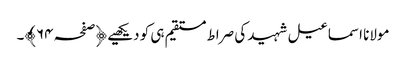
مولانا اسماعیل شہید کی صراط مستقیم ہی کو دیکھیے ﴿صفحہ ٦۴﴾۔